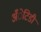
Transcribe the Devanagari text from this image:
अँेटिडी